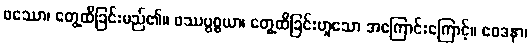
ဖဿော၊ တွေ့ထိခြင်းမည်၏။ ဖဿပ္ပစ္စယာ၊ တွေ့ထိခြင်းဟူသော အကြောင်းကြောင့်။ ဝေဒနာ၊